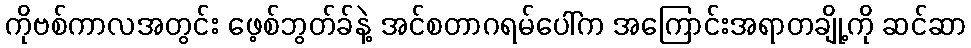
ကိုဗစ်ကာလအတွင်း ဖေ့စ်ဘွတ်ခ်နဲ့ အင်စတာဂရမ်ပေါ်က အကြောင်းအရာတချို့ကို ဆင်ဆာ